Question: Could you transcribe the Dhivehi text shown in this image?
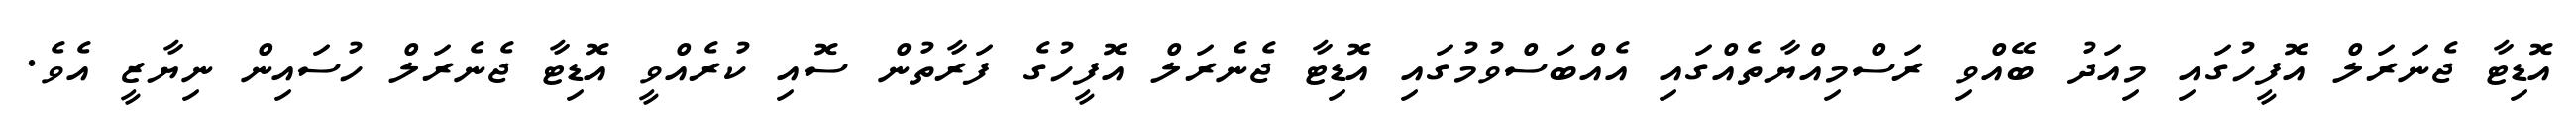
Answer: އޮޑިޓާ ޖެނަރަލް އޮފީހުގައި މިއަދު ބޭއްވި ރަސްމިއްޔާތެއްގައި އެއްބަސްވުމުގައި އޮޑިޓާ ޖެނެރަލް އޮފީހުގެ ފަރާތުން ސޮއި ކުރެއްވީ އޮޑިޓާ ޖެނެރަލް ހުސައިން ނިޔާޒީ އެވެ.